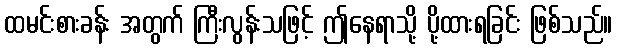
ထမင်းစားခန်း အတွက် ကြီးလွန်းသဖြင့် ဤနေရာသို့ ပို့ထားရခြင်း ဖြစ်သည်။